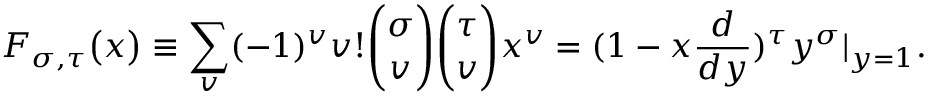
F _ { \sigma , \tau } \big ( x \big ) \equiv \sum _ { v } ( - 1 ) ^ { v } v ! { \binom { \sigma } { v } } { \binom { \tau } { v } } x ^ { v } = ( 1 - x { \frac { d } { d y } } ) ^ { \tau } y ^ { \sigma } | _ { y = 1 } .